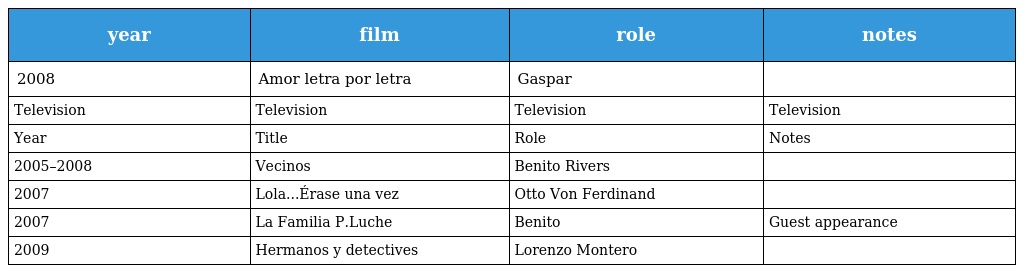
| year | film | role | notes |
 | --- | --- | --- | --- |
 | 2008 | Amor letra por letra | Gaspar |  |
 | Television | Television | Television | Television |
 | Year | Title | Role | Notes |
 | 2005–2008 | Vecinos | Benito Rivers |  |
 | 2007 | Lola...Érase una vez | Otto Von Ferdinand |  |
 | 2007 | La Familia P.Luche | Benito | Guest appearance |
 | 2009 | Hermanos y detectives | Lorenzo Montero |  |